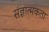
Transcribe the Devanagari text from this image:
संज्ञात्मकता